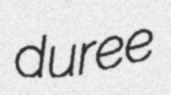
duree